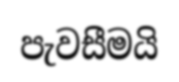
පැවසීමයි